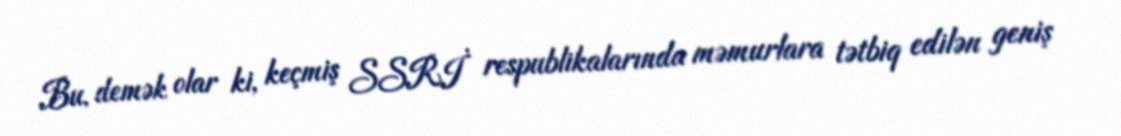
Bu, demək olar ki, keçmiş SSRİ respublikalarında məmurlara tətbiq edilən geniş